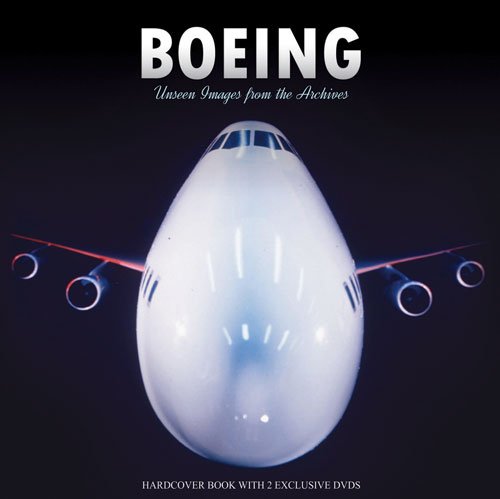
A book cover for Boeing: Unseen Images From The Archives; Bruce Hales-Dutton; Arts & Photography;